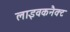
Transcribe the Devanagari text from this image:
लाइवकनैक्ट